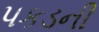
પકડની